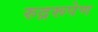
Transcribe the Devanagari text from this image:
रुद्ररूपेण